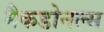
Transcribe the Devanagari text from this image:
मैकडोनल्स